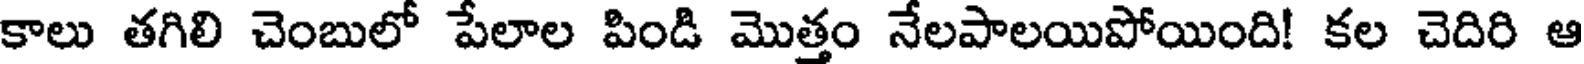
కాలు తగిలి చెంబులో పేలాల పిండి మొత్తం నేలపాలయిపోయింది! కల చెదిరి ఆ